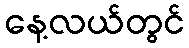
နေ့လယ်တွင်